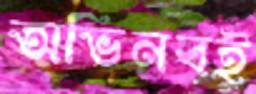
অভিনবই